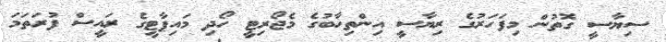
ސިޔާސީ ގޮތުން މިފަހަރުގެ ރިޔާސީ އިންތިހާބުގެ މެޖޯރިޓީ ހޯދި މައިޕާޓީގެ ރައީސް ފުރަތަމަ